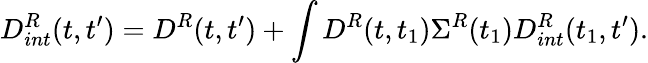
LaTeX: D_{int}^{R}(t,t^{\prime})=D^{R}(t,t^{\prime})+\int D^{R}(t,t_{1})\Sigma^{R}(t_{1})D_{int}^{R}(t_{1},t^{\prime}).